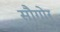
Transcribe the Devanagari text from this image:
सौगोर